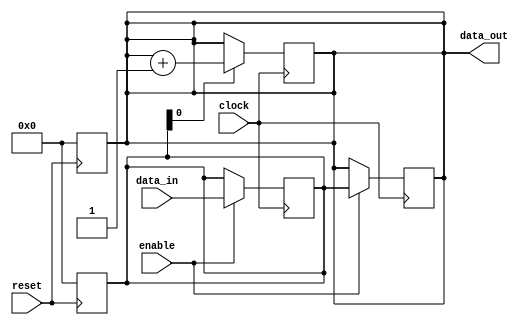
module synchronous_circuit (
    input wire clock,          // Clock input
    input wire reset,          // Asynchronous reset
    input wire enable,         // Enable signal for state change
    input wire [3:0] data_in,  // Data input
    output reg [3:0] data_out   // Data output
);

    // State declaration
    reg [3:0] state;

    // Asynchronous reset
    always @(posedge reset) begin
        state <= 4'b0000;        // Reset state
        data_out <= 4'b0000;     // Reset output
    end

    // Synchronous process on rising edge of clock
    always @(posedge clock) begin
        if (enable) begin
            state <= data_in;     // Update state with input data on rising edge
            data_out <= state;     // Output current state
        end
    end

    // Synchronous process on falling edge of clock
    always @(negedge clock) begin
        // Example of conditional execution
        if (state[0]) begin
            data_out <= data_out + 1;  // Increment output if LSB of state is 1
        end
        // Additional conditions can be added here
    end

endmodule